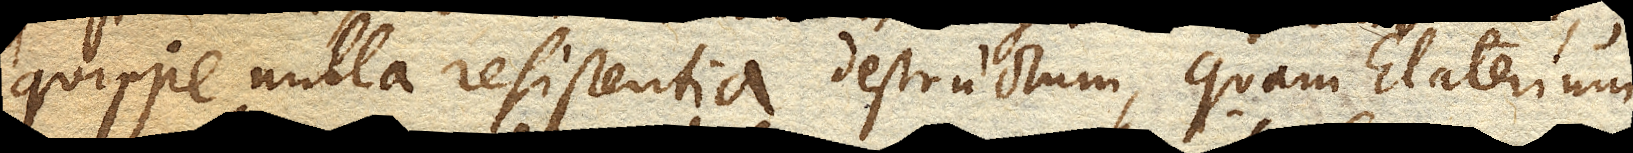
quippe nulla resistentia destructum, quam Elaterium